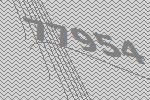
77954